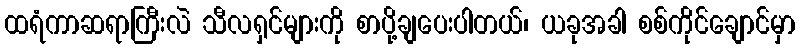
ထရံကာဆရာကြီးလဲ သီလရှင်များကို စာပို့ချပေးပါတယ်၊ ယခုအခါ စစ်ကိုင်ချောင်မှာ